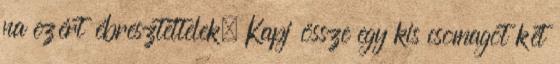
na ezért ébresztettelek. Kapj össze egy kis csomagot két